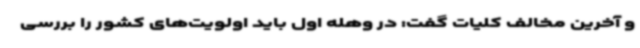
و آخرین مخالف کلیات گفت: در وهله اول باید اولویت‌های کشور را بررسی